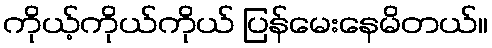
ကိုယ့်ကိုယ်ကိုယ် ပြန်မေးနေမိတယ်။